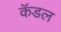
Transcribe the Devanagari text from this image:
कॅडल